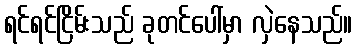
ရင်ရင်ငြိမ်းသည် ခုတင်ပေါ်မှာ လှဲနေသည်။